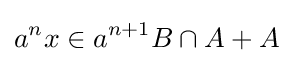
a^{n}x\in a^{n+1}B\cap A+A